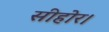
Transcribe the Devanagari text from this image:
सीहोर।